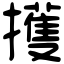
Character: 擭